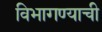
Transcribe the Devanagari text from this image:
विभागण्याची